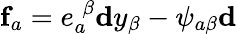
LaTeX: \mathbf{f}_{a}=e_{a}^{\; \beta}\mathbf{d}y_{\beta}-\psi_{a\beta}\mathbf{d}